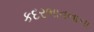
કદરભાવનાના